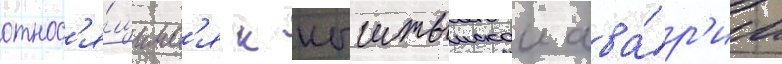
относ'я́щимс'я к кыштымскои ава́р'ии